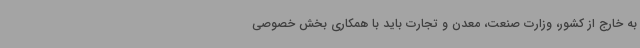
به خارج از کشور، وزارت صنعت، معدن و تجارت باید با همکاری بخش خصوصی